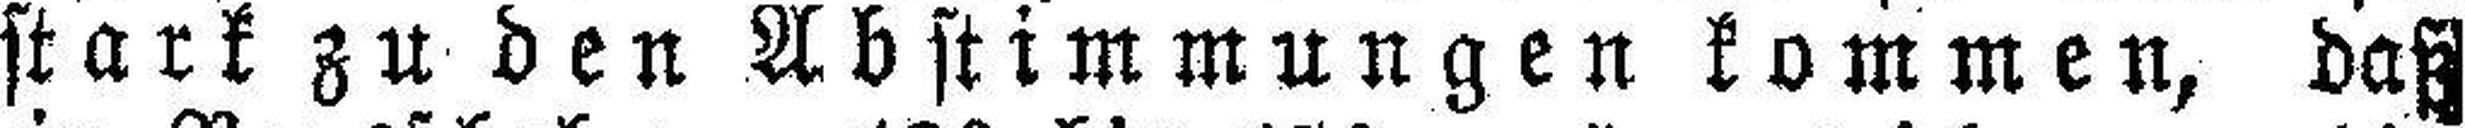
stark zu den Abstimmungen kommen, daß